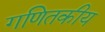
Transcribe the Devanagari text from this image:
गणितकीय